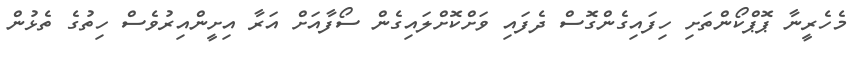
މެހެރީނާ ޕޮޕްކޯންތަށި ހިފައިގެންގޮސް ދެފައި ވަށްކޮށްލައިގެން ސޯފާއަށް އަރާ އިށީންއިރުވެސް ހިތުގެ ތެޅުން